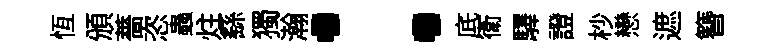
恆頒薔恣蟲炷繇獨瀚：底衛驛證杪戀遮簪